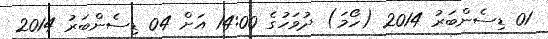
01 ޑިސެންބަރު 2014 (ހޯމަ) ދުވަހުގެ 14:00 އަށް 04 ޑިސެންބަރު 2014